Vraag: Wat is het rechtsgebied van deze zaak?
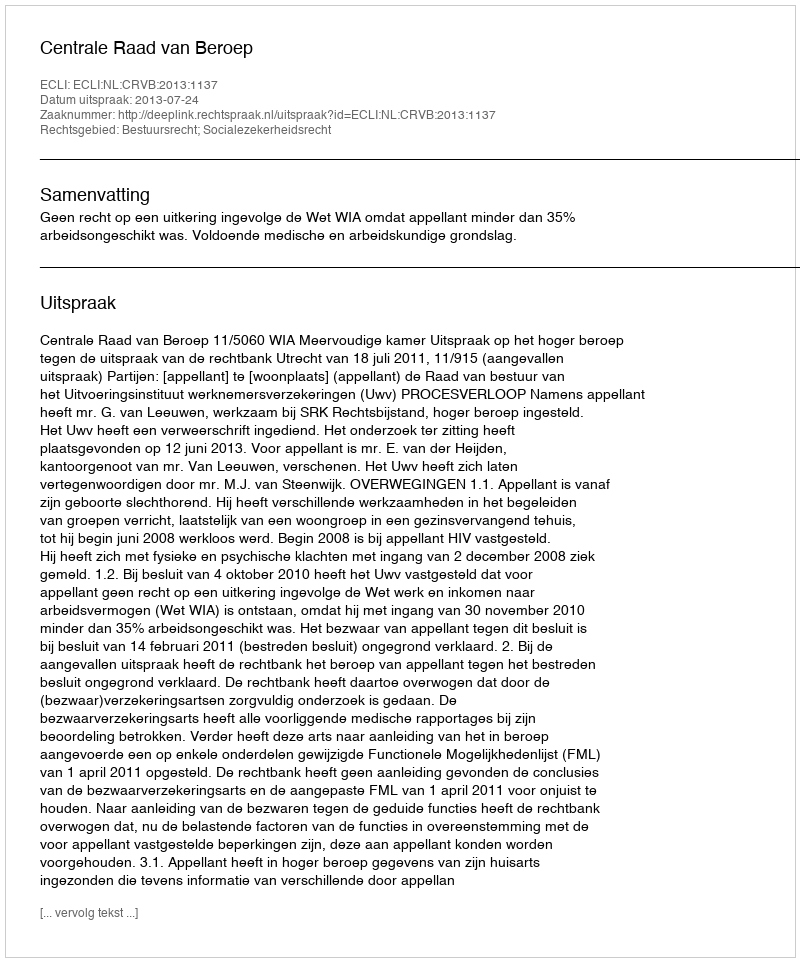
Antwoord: Bestuursrecht; Socialezekerheidsrecht